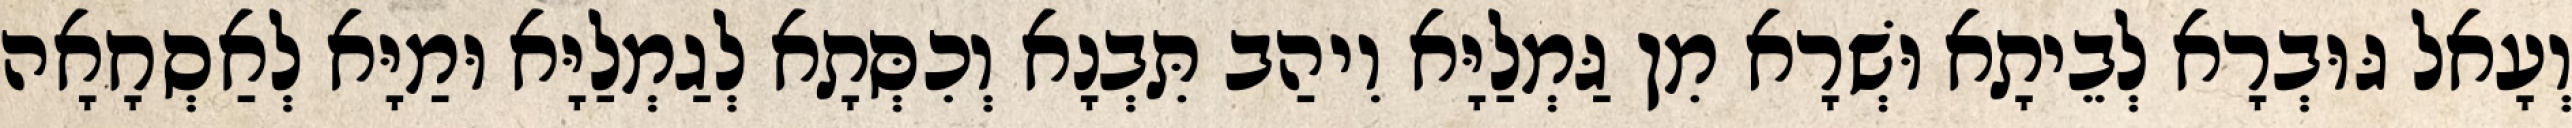
וְעָאל גּוּבְרָא לְבֵיתָא וּשְׁרָא מִן גַּמְלַיָּא וִיהַב תִּבְנָא וְכִסְּתָא לְגַמְלַיָּא וּמַיָּא לְאַסְחָאָה